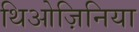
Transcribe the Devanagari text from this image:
थिओज़िनिया